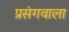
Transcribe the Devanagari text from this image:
प्रसंगवाला